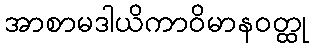
အာစာမဒါယိကာဝိမာနဝတ္ထု